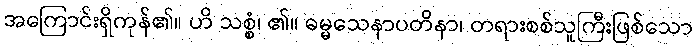
အကြောင်းရှိကုန်၏။ ဟိ သစ္စံ၊ ၏။ ဓမ္မသေနာပတိနာ၊ တရားစစ်သူကြီးဖြစ်သော